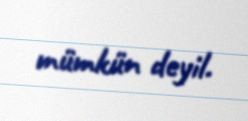
mümkün deyil.